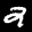
Label: 2